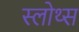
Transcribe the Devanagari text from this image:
स्लोथ्स